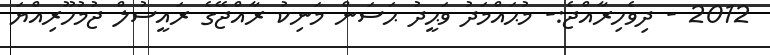
2012 - ދިވެހިރާއްޖެ:- މުޙައްމަދު ވަޙީދު ޙަސަން މަނިކު ރާއްޖޭގެ ރައީސުލް ޖުމުހޫރިއްޔަ